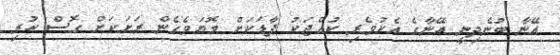
އޭނާ ބުނެދިނީ އޭނާގެ އެކުވެރި ކުއްޖަކު ފާޑަކަށް މޮޔަވެގެން ރަށަކަށް ގޮސް ކުރި